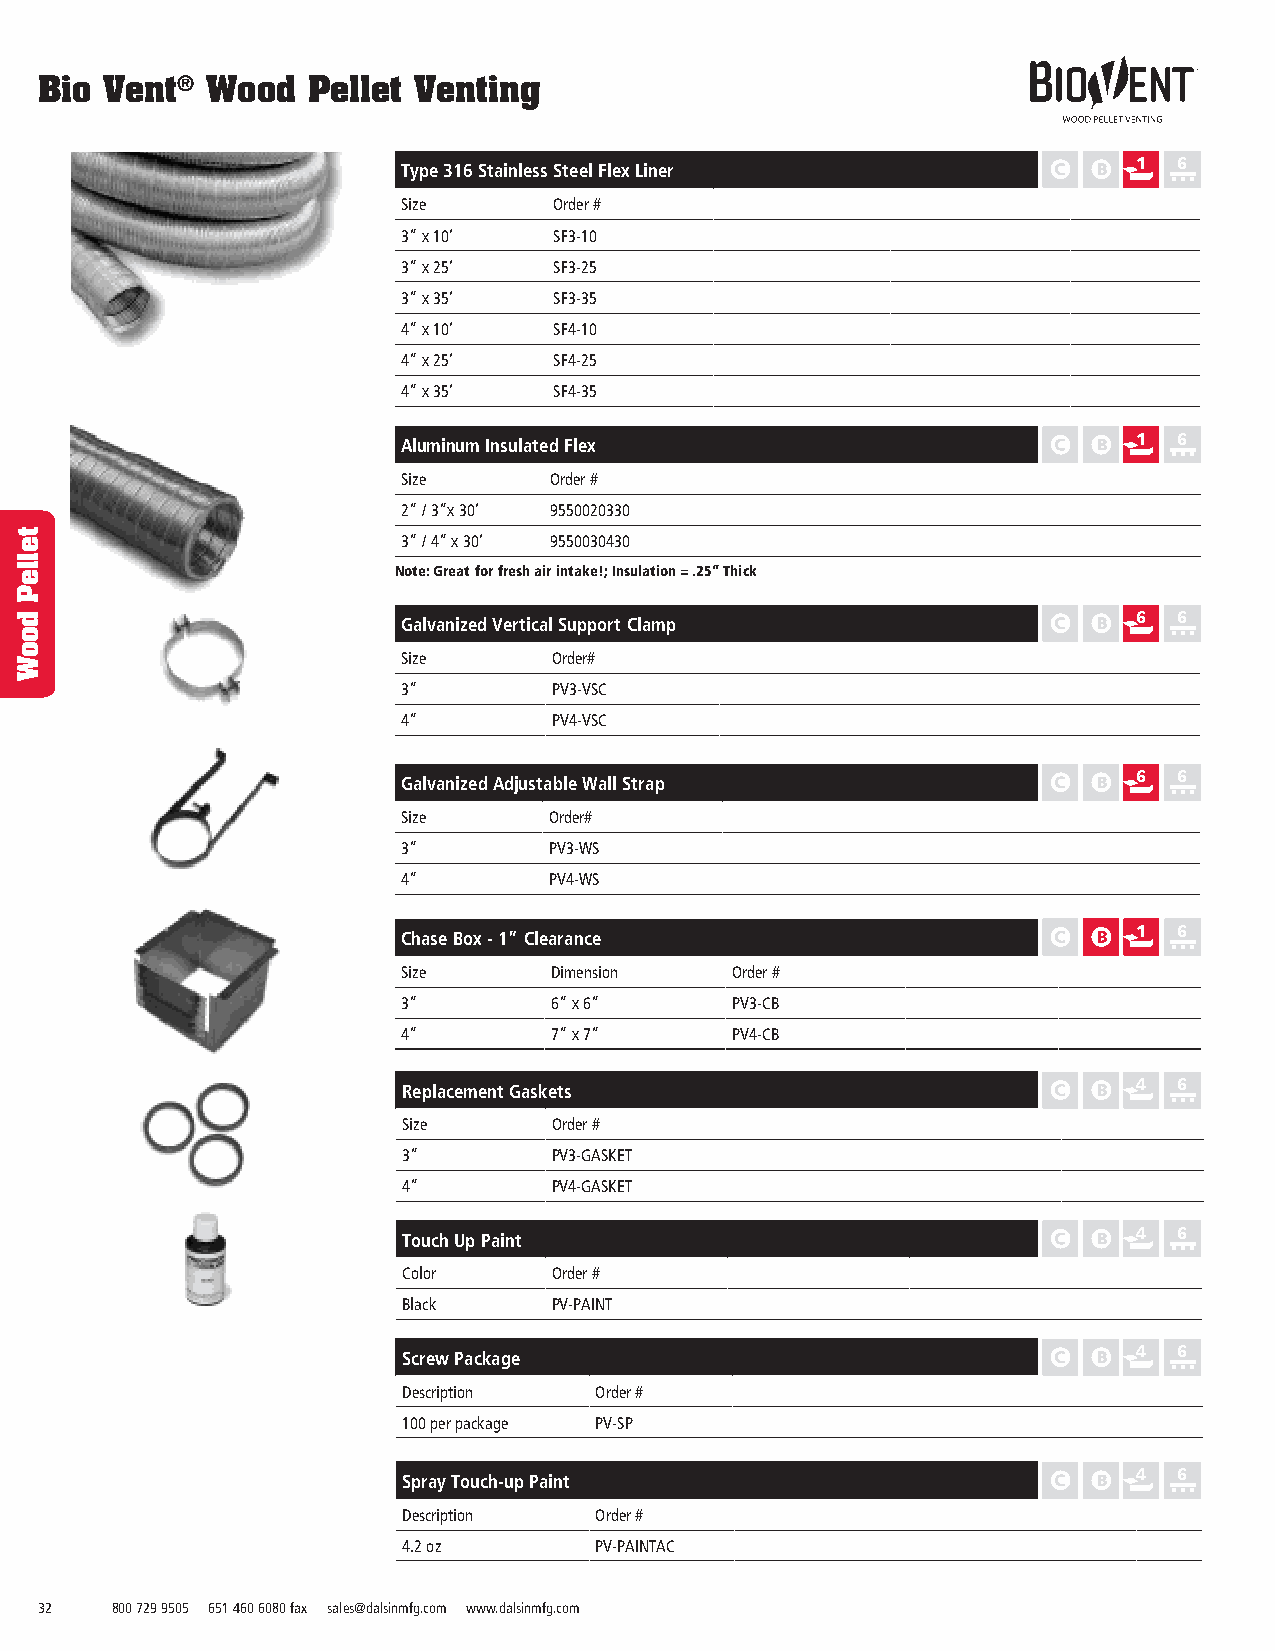
Bio  Vent®  Wood  Pellet Venting
 1  6
 Type 316 Stainless Steel Flex Liner
 Size      Order #
 3” x 10’  SF3-10
 3” x 25’  SF3-25
 3” x 35’  SF3-35
 4” x 10’  SF4-10
 4” x 25’  SF4-25
 4” x 35’  SF4-35
 Aluminum Insulated Flex                         1  6
 Size     Order #
 2” / 3”x 30’ 9550020330
 3” / 4” x 30’ 9550030430
 Note: Great for fresh air intake!; Insulation = .25” Thick
 6  6
 Galvanized Vertical Support Clamp
 Size      Order#
 3”        PV3-VSC
 4”        PV4-VSC
 6  6
 Galvanized Adjustable Wall Strap
 Size     Order#
 3”       PV3-WS
 4”       PV4-WS
 1  6
 Chase Box - 1” Clearance
 Size     Dimension   Order #
 3”       6” x 6”     PV3-CB
 4”       7” x 7”     PV4-CB
 Replacement Gaskets                             4  6
 Size      Order #
 3”        PV3-GASKET
 4”        PV4-GASKET
 4  6
 Touch Up Paint
 Color     Order #
 Black     PV-PAINT
 Screw Package                                   4  6
 Description Order #
 100 per package PV-SP
 Spray Touch-up Paint                            4  6
 Description Order #
 4.2 oz      PV-PAINTAC
 32   800 729 9505 651 460 6080 fax sales@dalsinmfg.com www.dalsinmfg.com
 telleP
 dooW